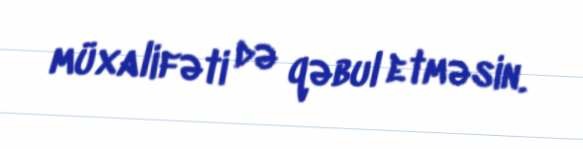
müxalifəti də qəbul etməsin.